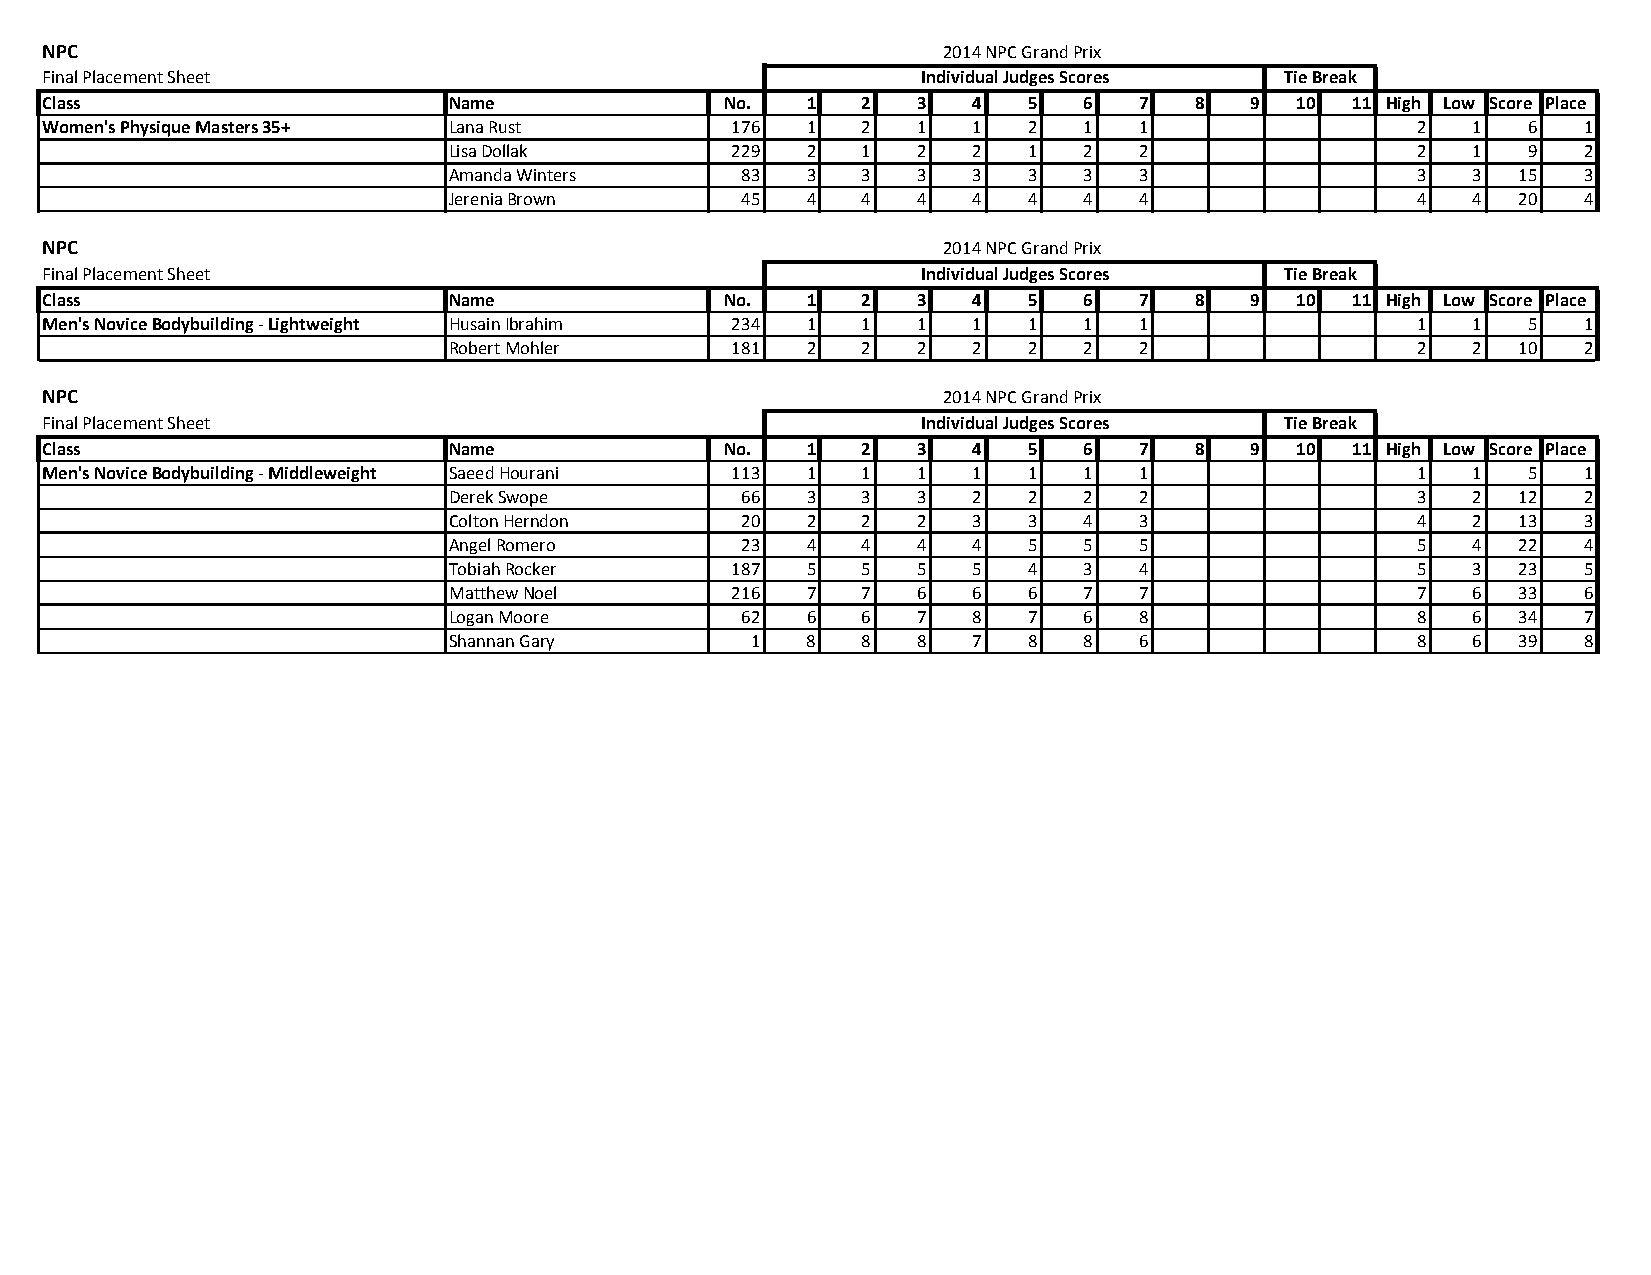
NPC                                                        2014 NPC Grand Prix
 Final Placement Sheet                                     Individual Judges Scores Tie Break
 Class                      Name              No.  1   2   3  4   5   6  7   8   9  10 11 High Low Score Place
 Women's Physique Masters 35+ Lana Rust       176  1   2   1  1   2   1  1                  2  1   6   1
 Lisa Dollak       229  2   1   2  2   1   2  2                  2  1   9   2
 Amanda Winters     83  3   3   3  3   3   3  3                  3  3   15  3
 Jerenia Brown      45  4   4   4  4   4   4  4                  4  4   20  4
 NPC                                                        2014 NPC Grand Prix
 Final Placement Sheet                                     Individual Judges Scores Tie Break
 Class                      Name              No.  1   2   3  4   5   6  7   8   9  10 11 High Low Score Place
 Men's Novice Bodybuilding ‐ Lightweight Husain Ibrahim 234 1 1 1 1 1 1  1                  1  1   5   1
 Robert Mohler     181  2   2   2  2   2   2  2                  2  2   10  2
 NPC                                                        2014 NPC Grand Prix
 Final Placement Sheet                                     Individual Judges Scores Tie Break
 Class                      Name              No.  1   2   3  4   5   6  7   8   9  10 11 High Low Score Place
 Men's Novice Bodybuilding ‐ Middleweight Saeed Hourani 113 1 1 1 1 1 1  1                  1  1   5   1
 Derek Swope        66  3   3   3  2   2   2  2                  3  2   12  2
 Colton Herndon     20  2   2   2  3   3   4  3                  4  2   13  3
 Angel Romero       23  4   4   4  4   5   5  5                  5  4   22  4
 Tobiah Rocker     187  5   5   5  5   4   3  4                  5  3   23  5
 Matthew Noel      216  7   7   6  6   6   7  7                  7  6   33  6
 Logan Moore        62  6   6   7  8   7   6  8                  8  6   34  7
 Shannan Gary        1  8   8   8  7   8   8  6                  8  6   39  8